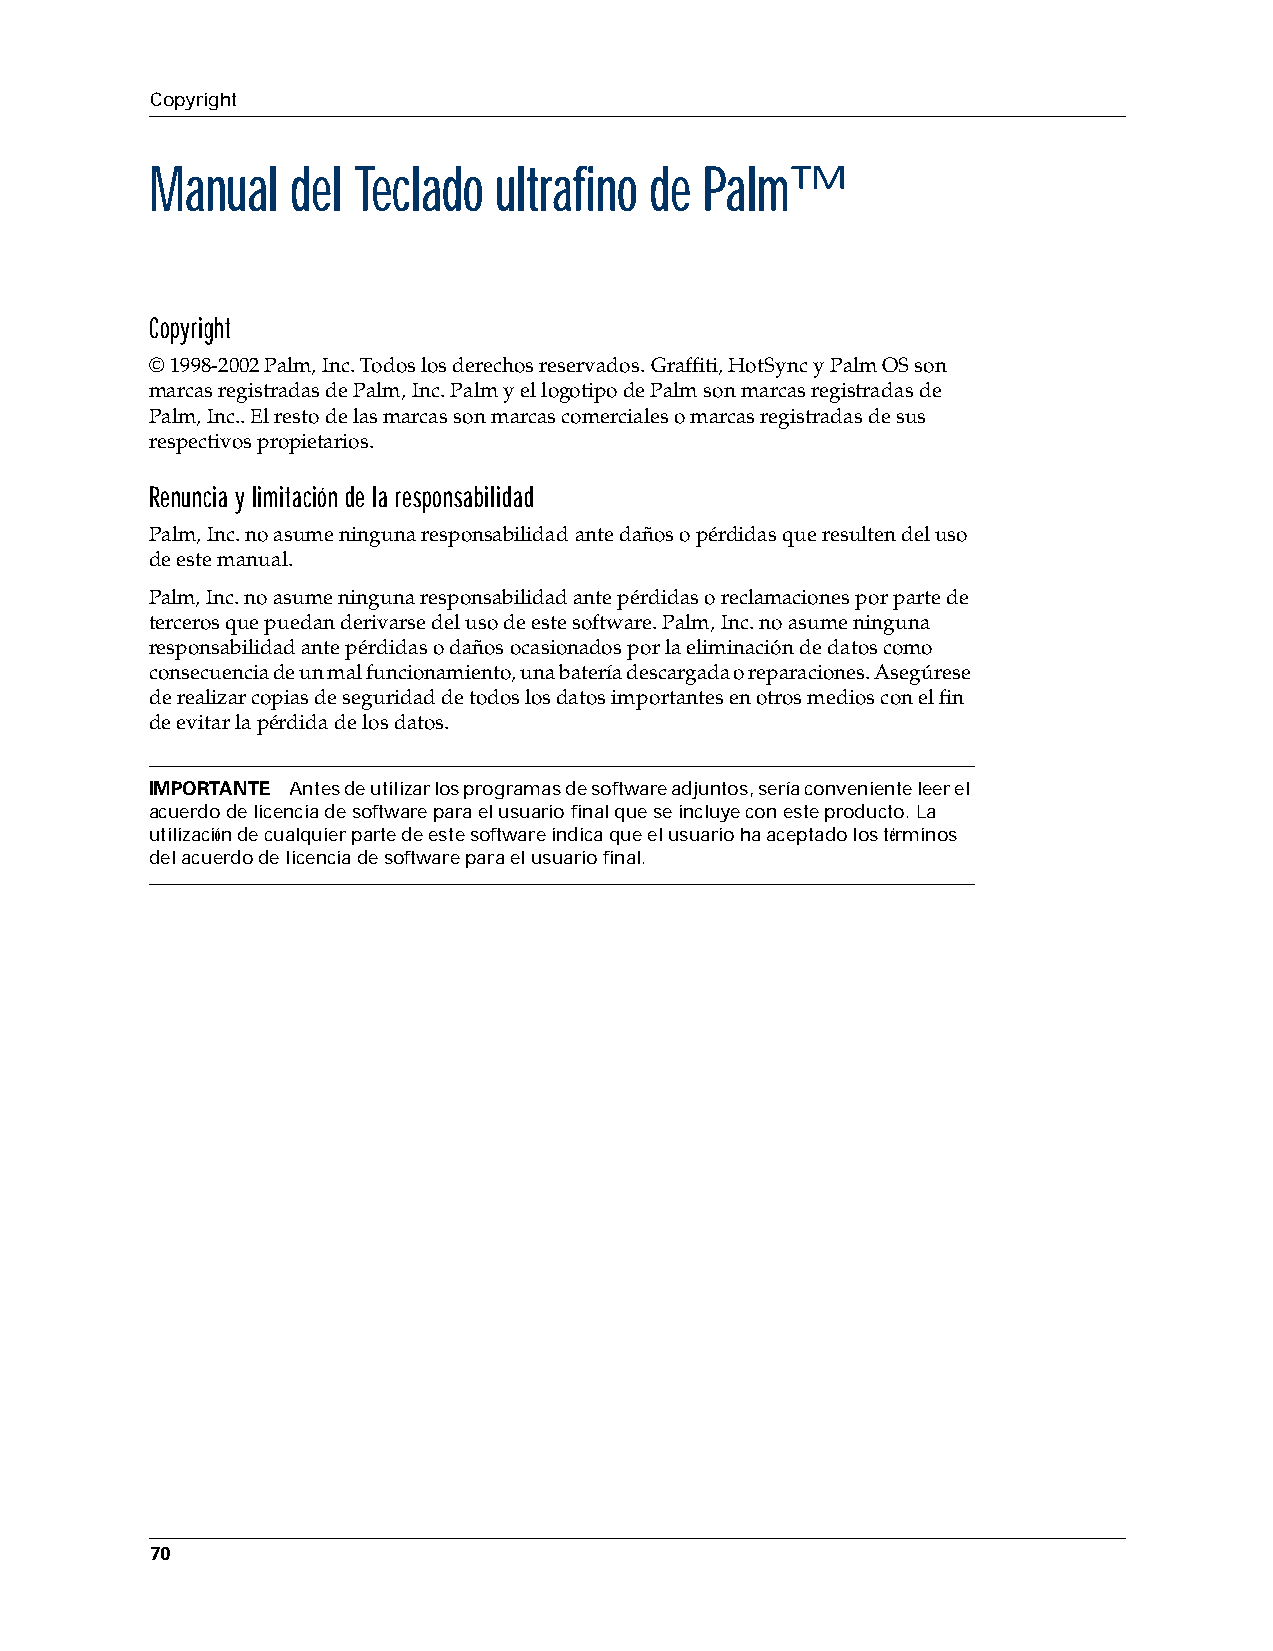
Copyright
 Manual   del Teclado   ultrafino de  Palm™
 Copyright
 © 1998-2002 Palm,Inc. Todos los derechos reservados. Graffiti, HotSync y Palm OS son
 marcas registradas de Palm,Inc. Palm y el logotipo de Palm son marcas registradas de
 Palm,Inc.. El resto de las marcas son marcas comerciales o marcas registradas de sus
 respectivos propietarios.
 Renuncia y limitación de la responsabilidad
 Palm,Inc. no asume ninguna responsabilidad ante daños o pérdidas que resulten del uso
 de este manual.
 Palm,Inc. no asume ninguna responsabilidad ante pérdidas o reclamaciones por parte de
 terceros que puedan derivarse del uso de este software. Palm,Inc. no asume ninguna
 responsabilidad ante pérdidas o daños ocasionados por la eliminación de datos como
 consecuencia de un mal funcionamiento, una batería descargada o reparaciones. Asegúrese
 de realizar copias de seguridad de todos los datos importantes en otros medios con el fin
 de evitar la pérdida de los datos.
 IMPORTANTE Antes de utilizar los programas de software adjuntos, sería conveniente leer el
 acuerdo de licencia de software para el usuario final que se incluye con este producto. La
 utilización de cualquier parte de este software indica que el usuario ha aceptado los términos
 del acuerdo de licencia de software para el usuario final.
 70